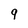
Character: 9